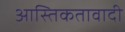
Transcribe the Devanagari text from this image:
आस्तिकतावादी